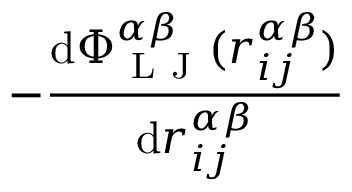
- \frac { \mathrm { d } \Phi _ { \mathrm { ~ L ~ J ~ } } ^ { \alpha \beta } ( r _ { i j } ^ { \alpha \beta } ) } { \mathrm { d } r _ { i j } ^ { \alpha \beta } }